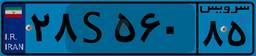
۵۵S۵۵۹۷۸